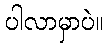
ပါလာမှာပဲ။